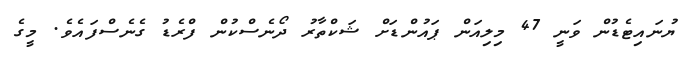
ޔުނައިޓެޑުން ވަނީ 47 މިލިއަން ޕައުންޑަށް ޝަކްތާރު ދޯނެސްކުން ފްރެޑު ގެނެސްފައެވެ. މީގެ